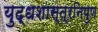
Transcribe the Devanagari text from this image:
युद्धशास्त्रनिपुण